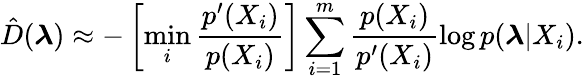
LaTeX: \hat{D}(\boldsymbol{\lambda})\approx-\left[\operatorname*{min}_{i}\frac{p^{\prime}(X_{i})}{p(X_{i})}\right]\sum_{i=1}^{m}\frac{p(X_{i})}{p^{\prime}(X_{i})}\log p(\boldsymbol{\lambda}|X_{i}).